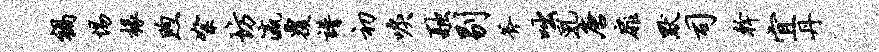
祸惕椽煦絮坊瀛覆谱初唳融剔斧咄乳唐扉默司干宜丹